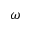
\omega